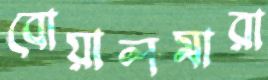
বোয়ালমারা